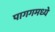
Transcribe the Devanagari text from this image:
पागगमध्ये